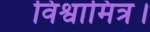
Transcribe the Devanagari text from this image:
विश्वामित्र।